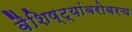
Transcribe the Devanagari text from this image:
वैशिष्ट्यांबरोबरच